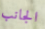
الجانب